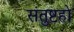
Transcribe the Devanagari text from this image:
संतुष्टहो